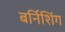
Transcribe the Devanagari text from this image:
बर्निशिंग